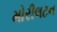
મોરીલટન